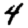
Digit: 4